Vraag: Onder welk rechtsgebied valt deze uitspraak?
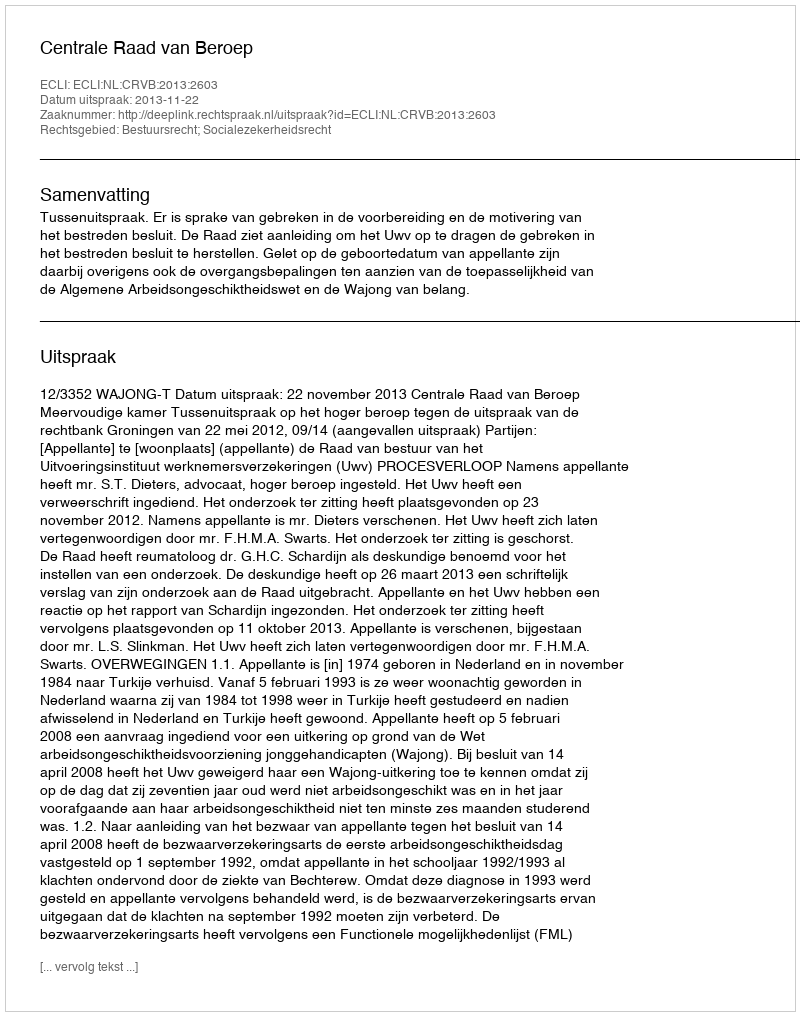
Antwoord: Bestuursrecht; Socialezekerheidsrecht